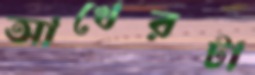
আখেরটা